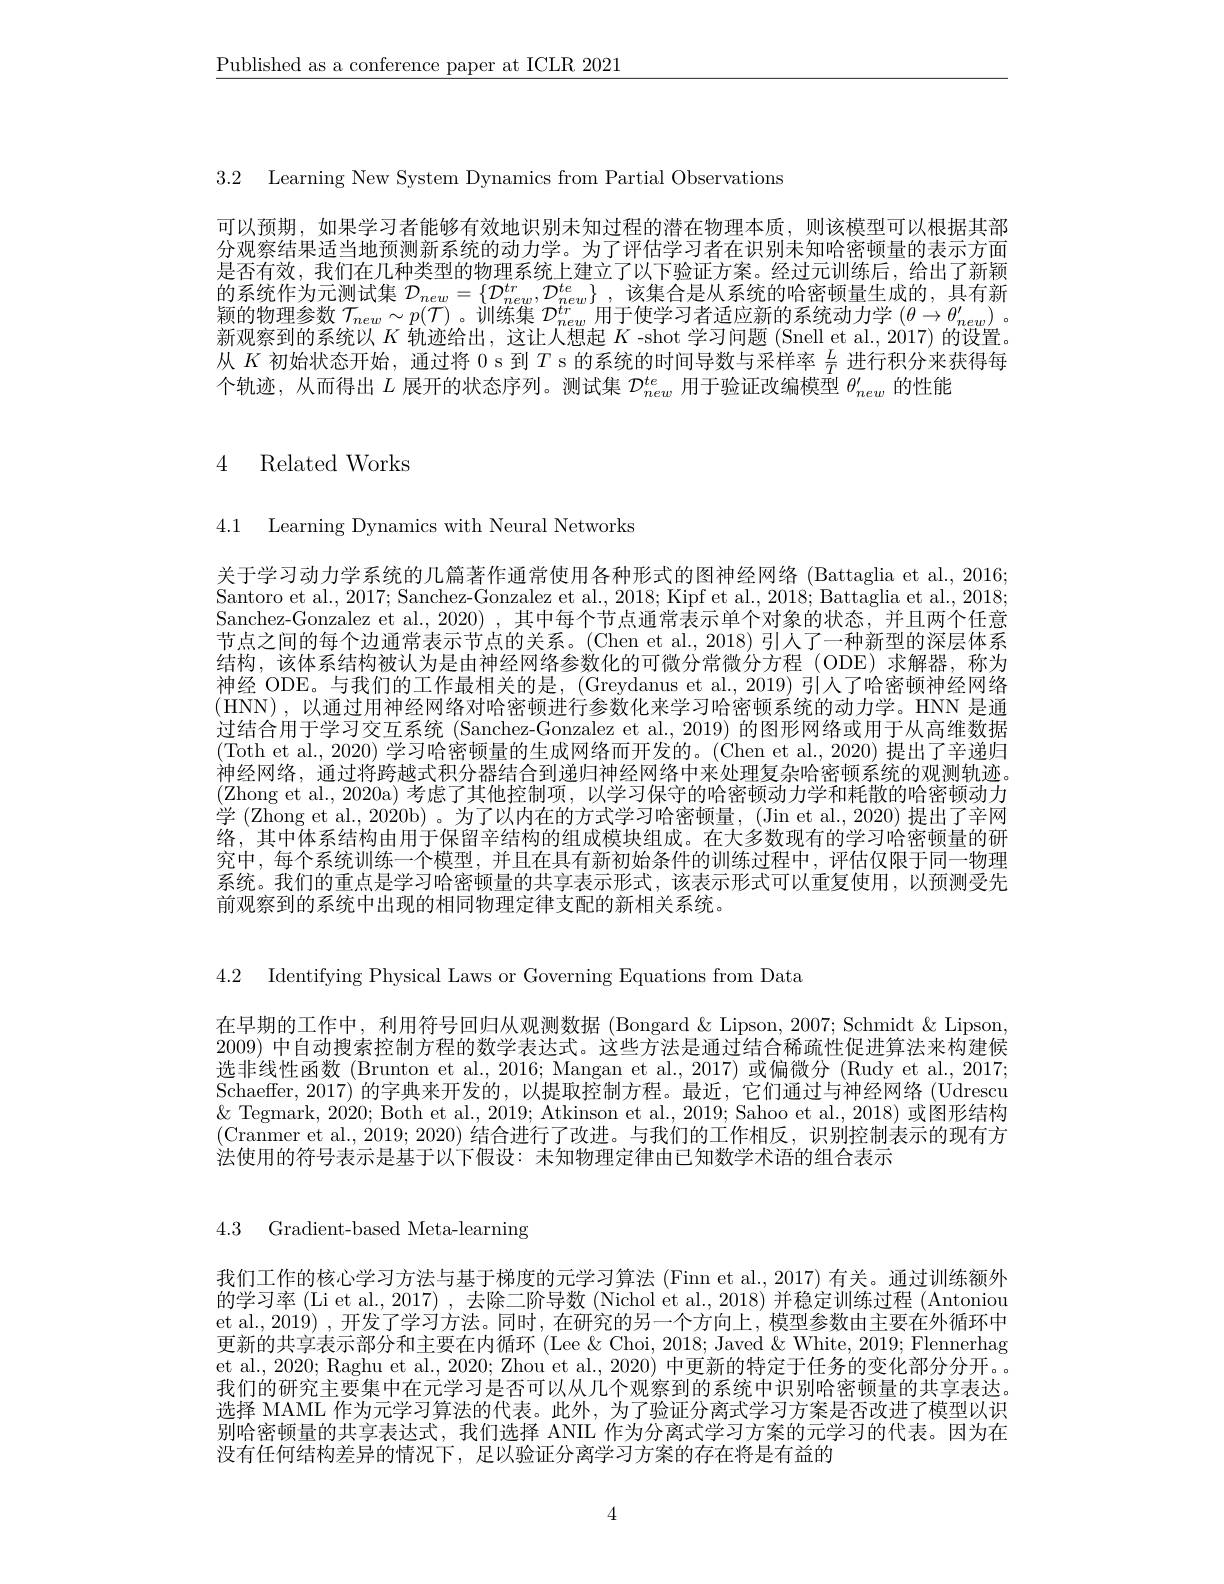
$\underline{\text{Published as a conference paper at ICLR 2021}}$

3.2 Learning New System Dynamics from Partial Observations

可以预期，如果学习者能够有效地识别未知过程的潜在物理本质，则该模型可以根据其部分观察结果适当地预测新系统的动力学。为了评估学习者在识别未知哈密顿量的表示方面是否有效，我们在几种类型的物理系统上建立了以下验证方案。经过元训练后，给出了新颖的系统作为元测试集$\mathcal{D} _{new}= \{ \mathcal{D} _{new}^{tr}, \mathcal{D} _{new}^{te}\}$ ,该集合是从系统的哈密顿量生成的，具有新预的物理参数$\mathcal{T}_new\sim p(\mathcal{T})$ 。训练集$\mathcal{D}_new^{tr}$用于使学习者适应新的系统动力学$(\theta\to\theta_new^{\prime})$ 。新观察到的系统以$K$轨迹给出，这让人想起$K$ -shot 学习问题 (Snell et al., 2017) 的设置。从$K$初始状态开始，通过将 0 s 到$T$ s 的系统的时间导数与采样率$\frac LT$进行积分来获得每个轨迹，从而得出$L$展开的状态序列。测试集$\mathcal{D}_new^{te}$用于验证改编模型$\theta_{new}^{\prime}$的性能

# 4 Related Works

4.1 Learning Dynamics with Neural Networks

关于学习动力学系统的几篇著作通常使用各种形式的图神经网络(Battaglia et al., 2016; Santoro et al., 2017; Sanchez-Gonzalez et al., 2018; Kipf et al., 2018; Battaglia et al., 2018; Sanchez-Gonzalez et al.,2020) ,其中每个节点通常表示单个对象的状态，并且两个任意节点之间的每个边通常表示节点的关系。(Chen et al., 2018) 引人了一种新型的深层体系结构，该体系结构被认为是由神经网络参数化的可微分常微分方程(ODE)求解器，称为神经 ODE。与我们的工作最相关的是，(Greydanus et al., 2019) 引人了哈密顿神经网络(HNN),以通过用神经网络对哈密顿进行参数化来学习哈密顿系统的动力学。HNN 是通过结合用于学习交互系统 (Sanchez-Gonzalez et al., 2019) 的图形网络或用于从高维数据(Toth et al., 2020) 学习哈密顿量的生成网络而开发的。(Chen et al., 2020) 提出了辛递归神经网络，通过将跨越式积分器结合到递归神经网络中来处理复杂哈密顿系统的观测轨迹。(Zhong et al., 2020a)考虑了其他控制项，以学习保守的哈密顿动力学和耗散的哈密顿动力学 (Zhong et al., 2020b)。为了以内在的方式学习哈密顿量，(Jin et al., 2020) 提出了辛网络，其中体系结构由用于保留辛结构的组成模块组成。在大多数现有的学习哈密顿量的研究中，每个系统训练一个模型，并且在具有新初始条件的训练过程中，评估仅限于同一物理系统。我们的重点是学习哈密顿量的共享表示形式，该表示形式可以重复使用，以预测受先前观察到的系统中出现的相同物理定律支配的新相关系统。

4.2 Identifying Physical Laws or Governing Equations from Data

在早期的工作中，利用符号回归从观测数据 (Bongard & Lipson, 2007; Schmidt & Lipson, 2009) 中自动搜索控制方程的数学表达式。这些方法是通过结合稀疏性促进算法来构建候选非线性函数 (Brunton et al., 2016; Mangan et al., 2017) 或偏微分 (Rudy et al., 2017; Schaeffer, 2017) 的字典来开发的，以提取控制方程。最近，它们通过与神经网络 (Udrescu $\&$ Tegmark, 2020; Both et al., 2019; Atkinson et al., 2019; Sahoo et al., 2018) 或图形结构(Cranmer et al., 2019; 2020) 结合进行了改进。与我们的工作相反，识别控制表示的现有方法使用的符号表示是基于以下假设：未知物理定律由已知数学术语的组合表示

4.3 Gradient-based Meta-learning

我们工作的核心学习方法与基于梯度的元学习算法 (Finn et al., 2017) 有关。通过训练额外的学习率 (Li et al., 2017) , 去除二阶导数 (Nichol et al., 2018) 并稳定训练过程 (Antoniou et al., 2019) , 开发了学习方法。同时，在研究的另一个方向上，模型参数由主要在外循环中更新的共享表示部分和主要在内循环(Lee &Choi, 2018; Javed &White, 2019; Flennerhag et al., 2020; Raghu et al., 2020; Zhou et al., 2020) 中更新的特定于任务的变化部分分开。我们的研究主要集中在元学习是否可以从几个观察到的系统中识别哈密顿量的共享表达。选择 MAML 作为元学习算法的代表。此外，为了验证分离式学习方案是否改进了模型以识别哈密顿量的共享表达式，我们选择 ANIL 作为分离式学习方案的元学习的代表。因为在没有任何结构差异的情况下，足以验证分离学习方案的存在将是有益的

4